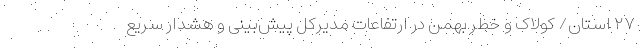
۲۷ استان/ کولاک و خطر بهمن در ارتفاعات مدیرکل پیش‌بینی و هشدار سریع